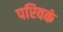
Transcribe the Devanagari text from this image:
परिवकं